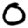
Digit: 0